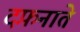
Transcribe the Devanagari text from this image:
दफ़नाते